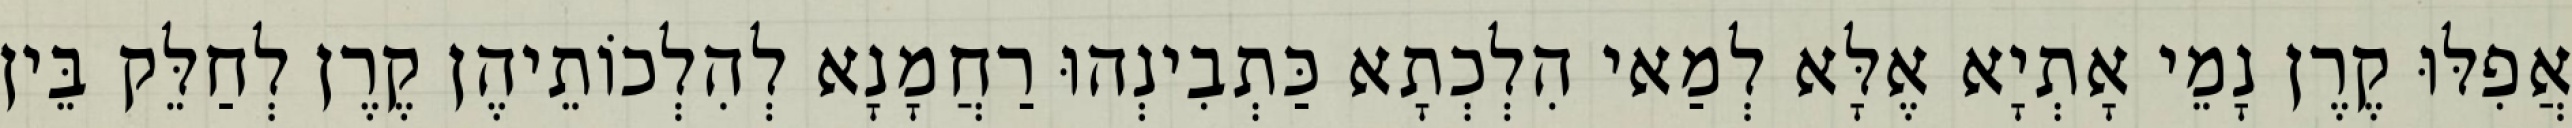
אֲפִלּוּ קֶרֶן נָמֵי אָתְיָא אֶלָּא לְמַאי הִלְכְתָא כַּתְבִינְהוּ רַחֲמָנָא לְהִלְכוֹתֵיהֶן קֶרֶן לְחַלֵּק בֵּין